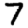
Digit: 7